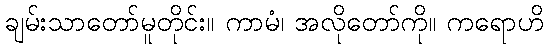
ချမ်းသာတော်မူတိုင်း။ ကာမံ၊ အလိုတော်ကို။ ကရောဟိ